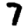
Digit: 7